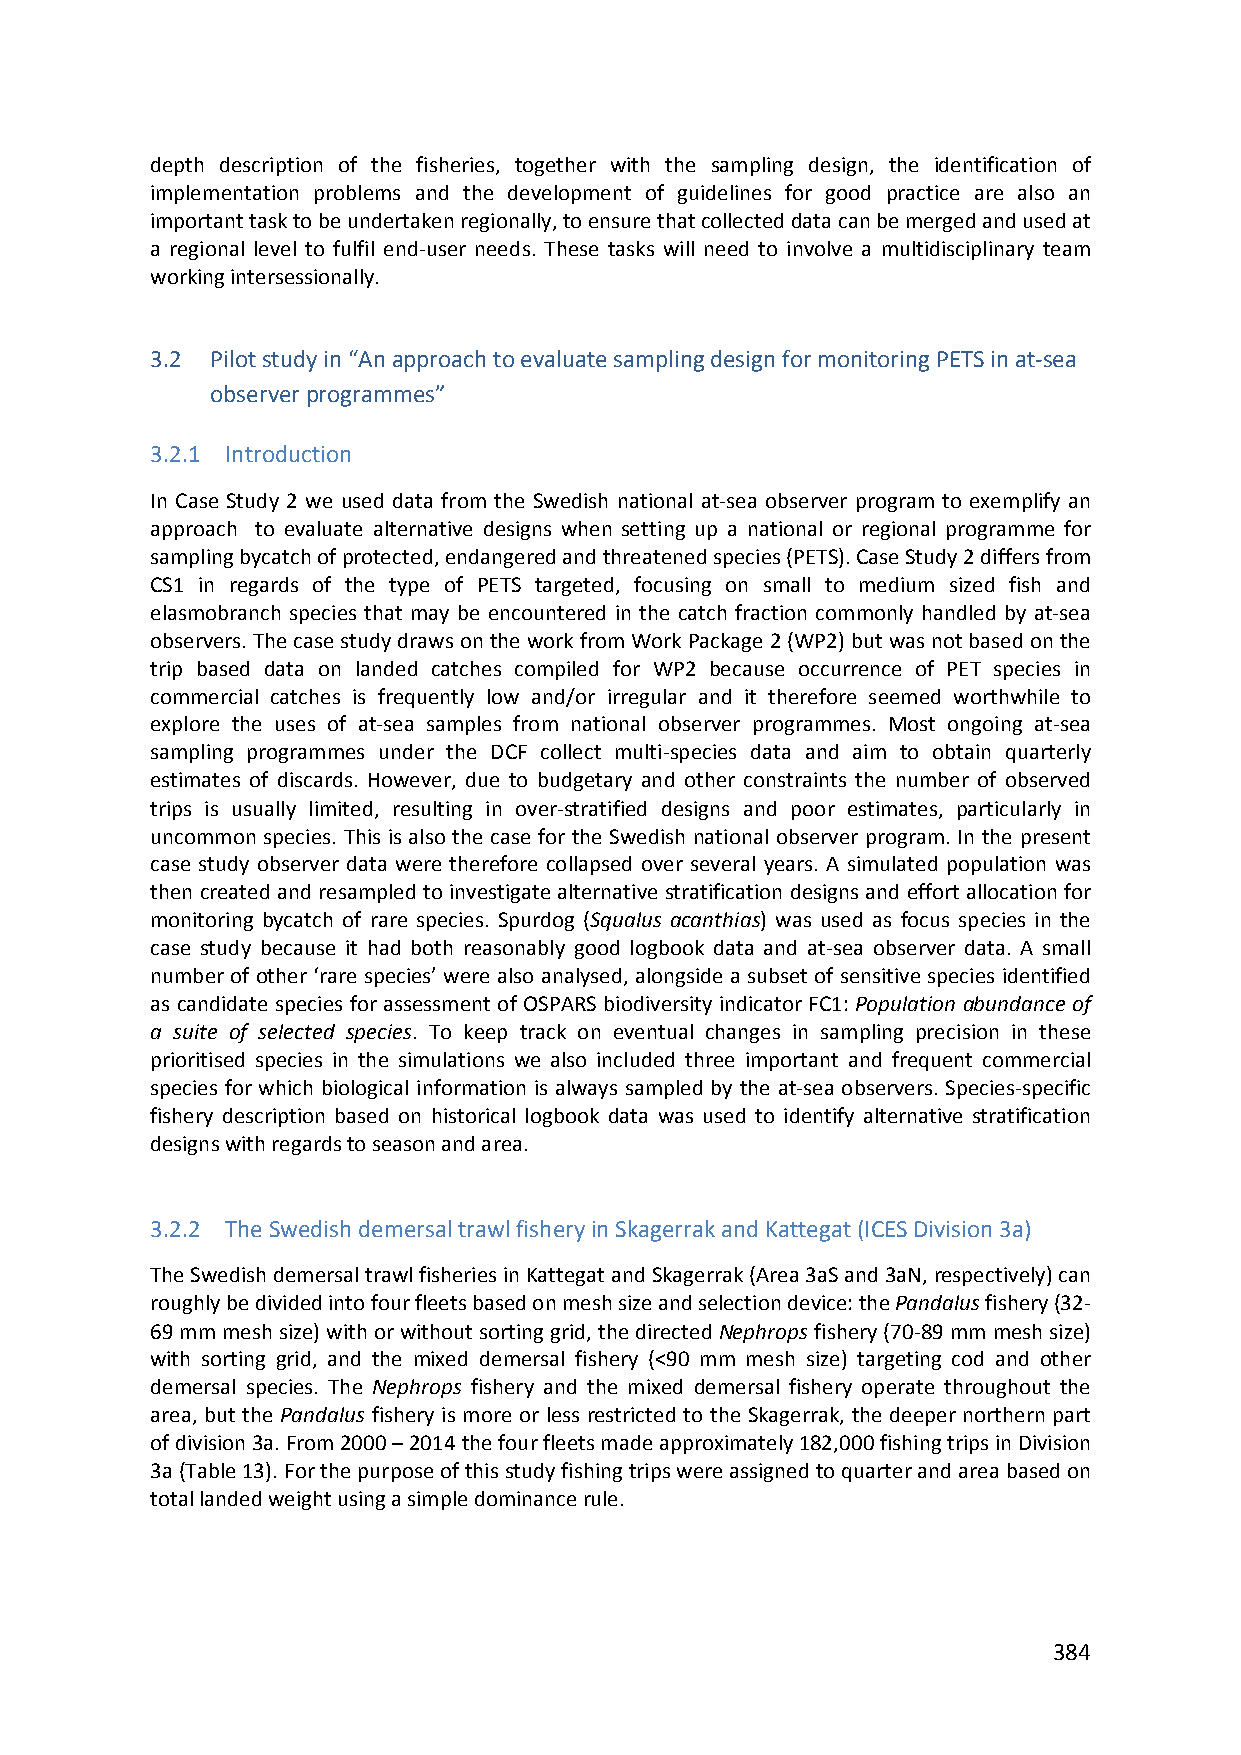
depth description of the fisheries, together with the sampling design, the identification of
 implementation problems and the development of guidelines for good practice are also an
 important task to be undertaken regionally, to ensure that collected data can be merged and used at
 a regional level to fulfil end‐user needs. These tasks will need to involve a multidisciplinary team
 working intersessionally.
 3.2 Pilot study in “An approach to evaluate sampling design for monitoring PETS in at‐sea
 observer programmes”
 3.2.1 Introduction
 In Case Study 2 we used data from the Swedish national at‐sea observer program to exemplify an
 approach to evaluate alternative designs when setting up a national or regional programme for
 sampling bycatch of protected, endangered and threatened species (PETS). Case Study 2 differs from
 CS1 in regards of the type of PETS targeted, focusing on small to medium sized fish and
 elasmobranch species that may be encountered in the catch fraction commonly handled by at‐sea
 observers. The case study draws on the work from Work Package 2 (WP2) but was not based on the
 trip based data on landed catches compiled for WP2 because occurrence of PET species in
 commercial catches is frequently low and/or irregular and it therefore seemed worthwhile to
 explore the uses of at‐sea samples from national observer programmes. Most ongoing at‐sea
 sampling programmes under the DCF collect multi‐species data and aim to obtain quarterly
 estimates of discards. However, due to budgetary and other constraints the number of observed
 trips is usually limited, resulting in over‐stratified designs and poor estimates, particularly in
 uncommon species. This is also the case for the Swedish national observer program. In the present
 case study observer data were therefore collapsed over several years. A simulated population was
 then created and resampled to investigate alternative stratification designs and effort allocation for
 monitoring bycatch of rare species. Spurdog (Squalus acanthias) was used as focus species in the
 case study because it had both reasonably good logbook data and at‐sea observer data. A small
 number of other ‘rare species’ were also analysed, alongside a subset of sensitive species identified
 as candidate species for assessment of OSPARS biodiversity indicator FC1: Population abundance of
 a suite of selected species. To keep track on eventual changes in sampling precision in these
 prioritised species in the simulations we also included three important and frequent commercial
 species for which biological information is always sampled by the at‐sea observers. Species‐specific
 fishery description based on historical logbook data was used to identify alternative stratification
 designs with regards to season and area.
 3.2.2 The Swedish demersal trawl fishery in Skagerrak and Kattegat (ICES Division 3a)
 The Swedish demersal trawl fisheries in Kattegat and Skagerrak (Area 3aS and 3aN, respectively) can
 roughly be divided into four fleets based on mesh size and selection device: the Pandalus fishery (32‐
 69 mm mesh size) with or without sorting grid, the directed Nephrops fishery (70‐89 mm mesh size)
 with sorting grid, and the mixed demersal fishery (<90 mm mesh size) targeting cod and other
 demersal species. The Nephrops fishery and the mixed demersal fishery operate throughout the
 area, but the Pandalus fishery is more or less restricted to the Skagerrak, the deeper northern part
 of division 3a. From 2000 – 2014 the four fleets made approximately 182,000 fishing trips in Division
 3a (Table 13). For the purpose of this study fishing trips were assigned to quarter and area based on
 total landed weight using a simple dominance rule.
 384